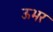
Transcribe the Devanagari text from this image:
ऊभर